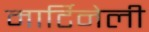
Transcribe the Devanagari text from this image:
मार्टिनेली